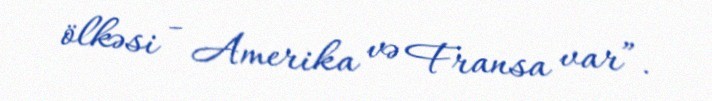
ölkəsi - Amerika və Fransa var”.